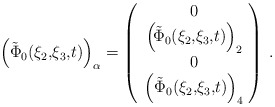
\begin{align*}\left(\tilde{\Phi}_{0}(\xi_{2},\!\xi_{3},\!t)\right)_{\alpha}=\left(\begin{array}{c} 0\\\left(\!\tilde{\Phi}_{0}(\xi_{2},\!\xi_{3},\!t)\right)_{2}\\0\\ \left(\tilde{\Phi}_{0}(\xi_{2},\!\xi_{3},\!t)\right)_{4}\end{array}\!\right)\hspace{0.1cm}.\end{align*}